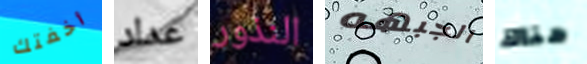
أخفتك عداد النذور الجبهه هناك